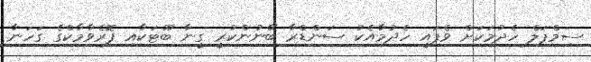
ސިމްޕަލް ހެދުމަކަށް ވެފައި ހެދުމާއެކު ސަންޑްރާ ބޭނުންކުރީ ގީނާ ބޫޓަކާއި ފޮރެވާމާކްގެ ގަހަނާ